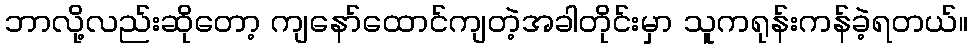
ဘာလို့လည်းဆိုတော့ ကျနော်ထောင်ကျတဲ့အခါတိုင်းမှာ သူကရုန်းကန်ခဲ့ရတယ်။